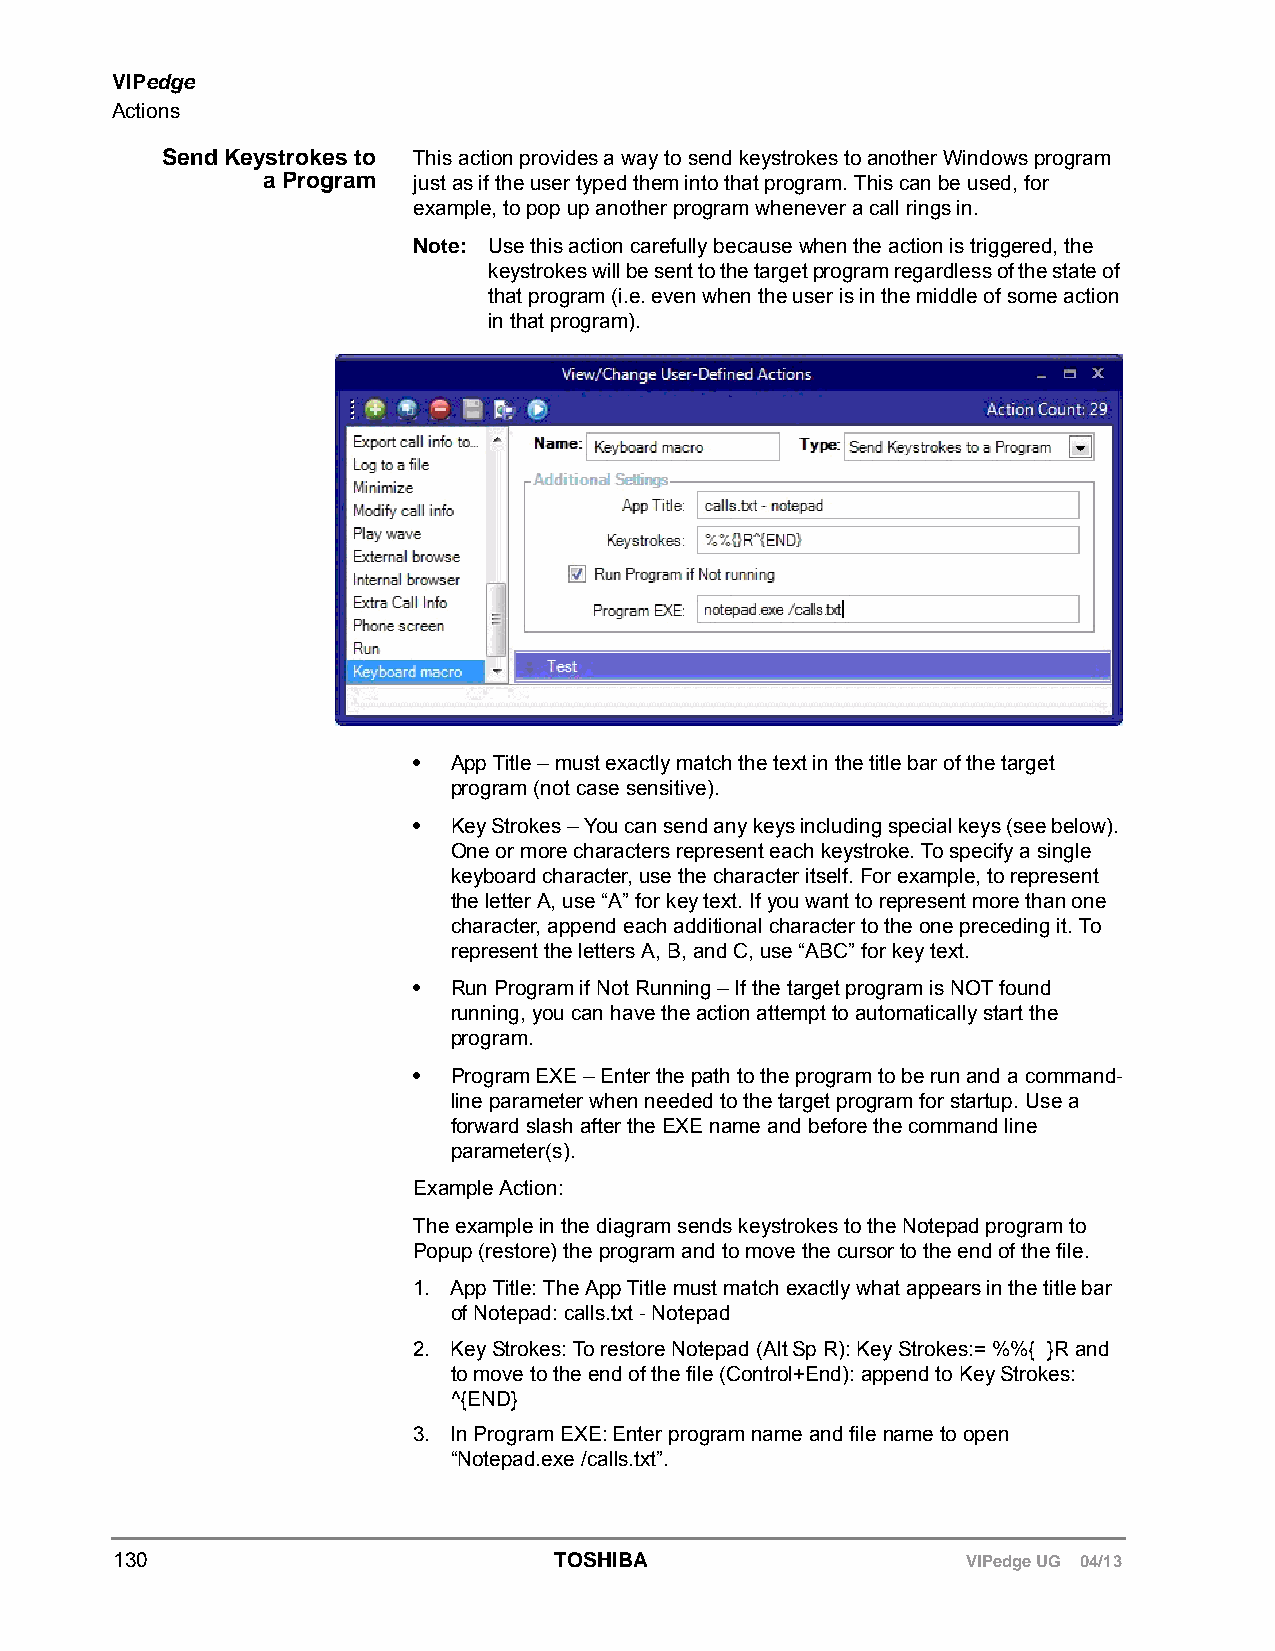
VIPedge
 Actions
 Send Keystrokes to This action provides a way to send keystrokes to another Windows program
 a Program just as if the user typed them into that program. This can be used, for
 example, to pop up another program whenever a call rings in.
 Note: Use this action carefully because when the action is triggered, the
 keystrokes will be sent to the target program regardless of the state of
 that program (i.e. even when the user is in the middle of some action
 in that program).
 •  App Title – must exactly match the text in the title bar of the target
 program (not case sensitive).
 •  Key Strokes – You can send any keys including special keys (see below).
 One or more characters represent each keystroke. To specify a single
 keyboard character, use the character itself. For example, to represent
 the letter A, use “A” for key text. If you want to represent more than one
 character, append each additional character to the one preceding it. To
 represent the letters A, B, and C, use “ABC” for key text.
 •  Run Program if Not Running – If the target program is NOT found
 running, you can have the action attempt to automatically start the
 program.
 •  Program EXE – Enter the path to the program to be run and a command-
 line parameter when needed to the target program for startup. Use a
 forward slash after the EXE name and before the command line
 parameter(s).
 Example Action:
 The example in the diagram sends keystrokes to the Notepad program to
 Popup (restore) the program and to move the cursor to the end of the file.
 1. App Title: The App Title must match exactly what appears in the title bar
 of Notepad: calls.txt - Notepad
 2. Key Strokes: To restore Notepad (Alt Sp R): Key Strokes:= %%{ }R and
 to move to the end of the file (Control+End): append to Key Strokes:
 ^{END}
 3. In Program EXE: Enter program name and file name to open
 “Notepad.exe /calls.txt”.
 130                          TOSHIBA                    VIPedge UG 04/13